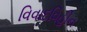
વિવાદવિહીન